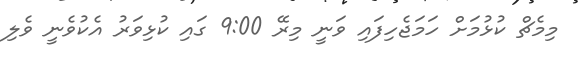
މިމެޗް ކުޅުމަށް ހަމަޖެހިފައި ވަނީ މިރޭ 9:00 ގައި ކުޅިވަރު އެކުވެނީ ވެލި